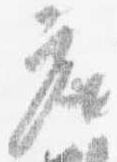
座